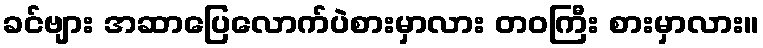
ခင်ဗျား အဆာပြေလောက်ပဲစားမှာလား တဝကြီး စားမှာလား။